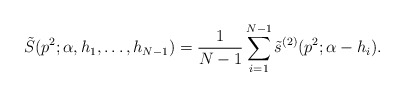
\begin{align*}\tilde S(p^{2};\alpha ,h_{1},\ldots ,h_{N-1}) ={1\over N-1}\sum_{i=1}^{N-1} \tilde s^{(2)}(p^{2};\alpha -h_{i}).\end{align*}